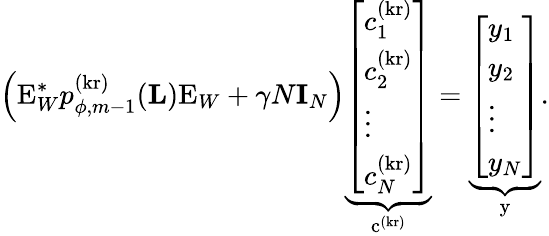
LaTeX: \Big(\mathrm{E}_{W}^{*}p_{\phi,m-1}^{(\mathrm{kr})}(\mathbf{L})\mathrm{E}_{W}+\gamma N\mathbf{I}_{N}\Big)\underbrace{\left[\begin{array}{l}{c_{1}^{(\mathrm{kr})}}\\ {c_{2}^{(\mathrm{kr})}}\\ {\vdots}\\ {c_{N}^{(\mathrm{kr})}}\end{array}\right]}_{\mathrm{c}^{(\mathrm{kr})}}=\underbrace{\left[\begin{array}{l}{y_{1}}\\ {y_{2}}\\ {\vdots}\\ {y_{N}}\end{array}\right]}_{\mathrm{y}}.